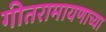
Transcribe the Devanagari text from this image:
गीतरामायणाच्या